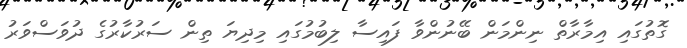
ގޮތުގައި އިމާރާތް ނިންމަން ބޭނުންވާ ފައިސާ ލިބުމުގައި މިދިޔަ ތިން ސަރުކާރުގެ ދުވަސްވަރު